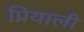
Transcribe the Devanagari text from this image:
प्रियाली